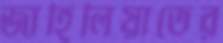
জাহিলিয়াতের